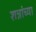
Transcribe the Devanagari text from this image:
शन्नांच्या